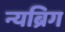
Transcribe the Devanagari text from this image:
न्यब्रिग